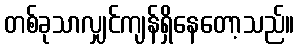
တစ်ခုသာလျှင်ကျန်ရှိနေတော့သည်။